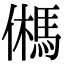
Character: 𩢮